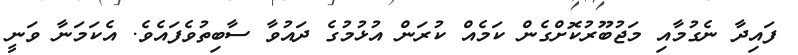
ފައިދާ ނެގުމާއި މަޖުބޫރުކޮށްގެން ކަމެއް ކުރަން އުޅުމުގެ ދައުވާ ސާބިތުވެފައެވެ. އެކަމަނާ ވަނީ